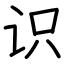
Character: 识